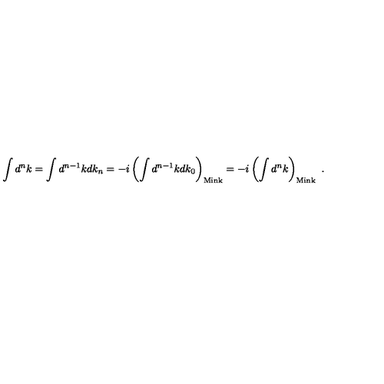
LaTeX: \int d ^ { n } k = \int d ^ { n - 1 } k d k _ { n } = - i \left( \int d ^ { n - 1 } k d k _ { 0 } \right) _ { \mathrm { M i n k } } = - i \left( \int d ^ { n } k \right) _ { \mathrm { M i n k } } \ .